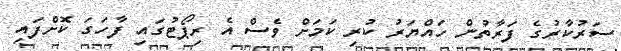
ސަރުކާރުގެ ފަރާތުން ހައްޔަރު ކުރި ކަމަށް ވެސް އެ ރިޕޯޓުގައި ފާހަގަ ކޮށްފައި